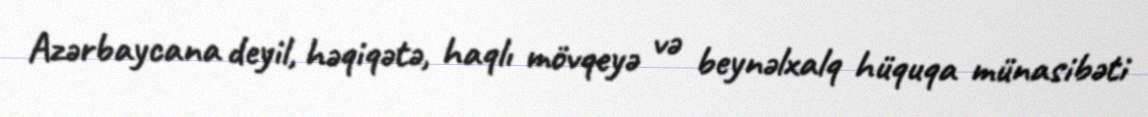
Azərbaycana deyil, həqiqətə, haqlı mövqeyə və beynəlxalq hüquqa münasibəti